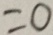
= 0